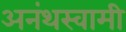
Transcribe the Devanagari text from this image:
अनंथस्वामी